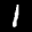
Label: 1